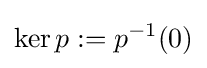
\ker p:=p^{-1}(0)